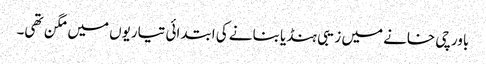
باورچی خانے میں زیبی ہنڈیا بنانے کی ابتدائی تیاریوں میں مگن تھی۔